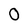
Character: 0